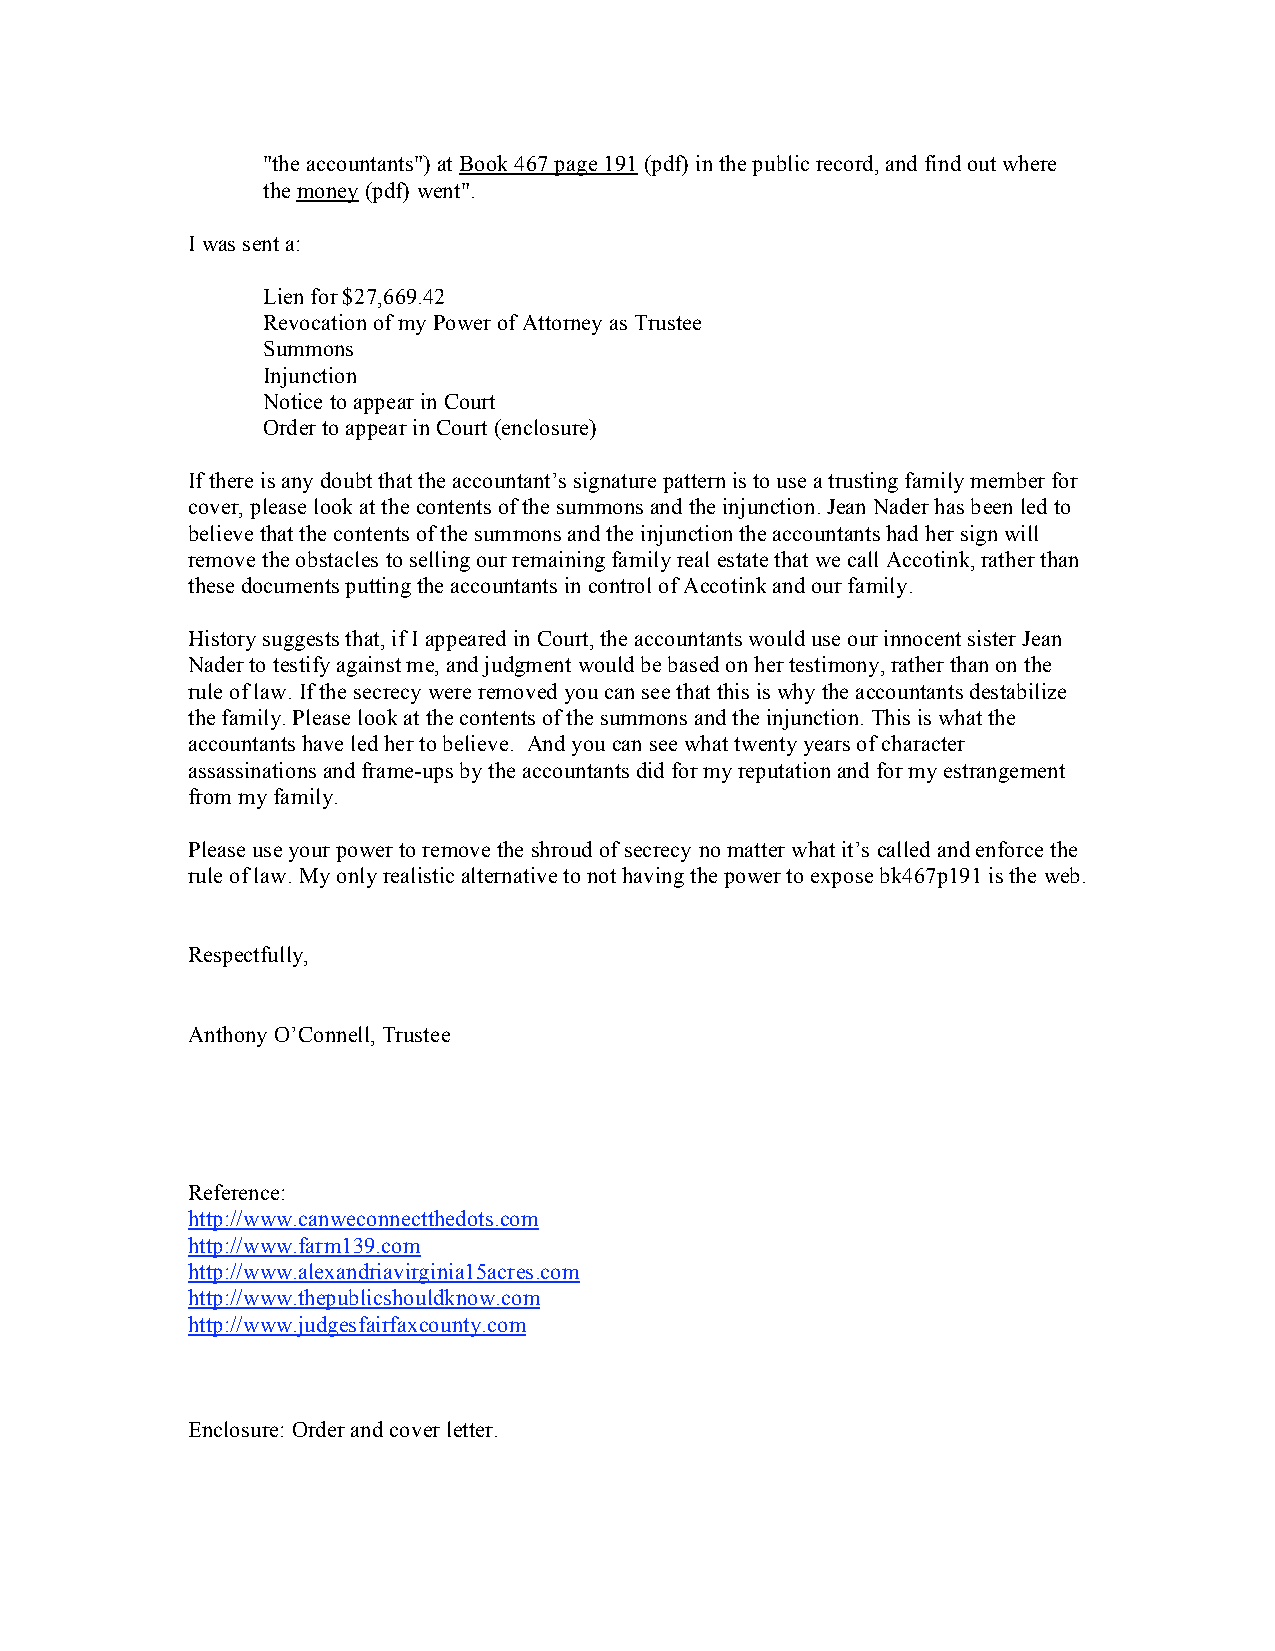
"the accountants") at Book 467 page 191 (pdf) in the public record, and find out where
 the money (pdf) went".
 I was sent a:
 Lien for $27,669.42
 Revocation of my Power of Attorney as Trustee
 Summons
 Injunction
 Notice to appear in Court
 Order to appear in Court (enclosure)
 If there is any doubt that the accountant’s signature pattern is to use a trusting family member for
 cover, please look at the contents of the summons and the injunction. Jean Nader has been led to
 believe that the contents of the summons and the injunction the accountants had her sign will
 remove the obstacles to selling our remaining family real estate that we call Accotink, rather than
 these documents putting the accountants in control of Accotink and our family.
 History suggests that, if I appeared in Court, the accountants would use our innocent sister Jean
 Nader to testify against me, and judgment would be based on her testimony, rather than on the
 rule of law. If the secrecy were removed you can see that this is why the accountants destabilize
 the family. Please look at the contents of the summons and the injunction. This is what the
 accountants have led her to believe. And you can see what twenty years of character
 assassinations and frame-ups by the accountants did for my reputation and for my estrangement
 from my family.
 Please use your power to remove the shroud of secrecy no matter what it’s called and enforce the
 rule of law. My only realistic alternative to not having the power to expose bk467p191 is the web.
 Respectfully,
 Anthony O’Connell, Trustee
 Reference:
 http://www.canweconnectthedots.com
 http://www.farm139.com
 http://www.alexandriavirginia15acres.com
 http://www.thepublicshouldknow.com
 http://www.judgesfairfaxcounty.com
 Enclosure: Order and cover letter.